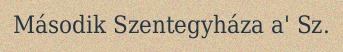
Második Szentegyháza a' Sz.